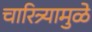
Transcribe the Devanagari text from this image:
चारित्र्यामुळे